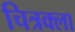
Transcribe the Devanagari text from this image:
चित्रक्ला